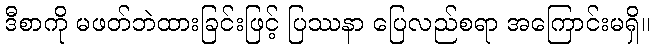
ဒီစာကို မဖတ်ဘဲထားခြင်းဖြင့် ပြဿနာ ပြေလည်စရာ အကြောင်းမရှိ။